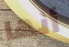
أنها